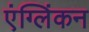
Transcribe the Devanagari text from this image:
एंग्लिंकन